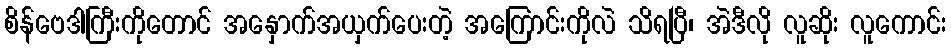
စိန်ဗေဒါကြီးကိုတောင် အနှောက်အယှက်ပေးတဲ့ အကြောင်းကိုလဲ သိရပြီ၊ အဲဒီလို လူဆိုး လူကောင်း